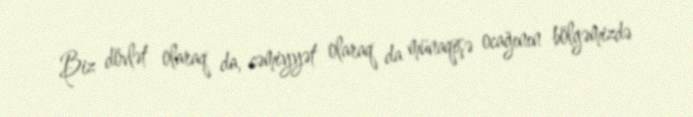
Biz dövlət olaraq da, cəmiyyət olaraq da münaqişə ocağının bölgəmizdə